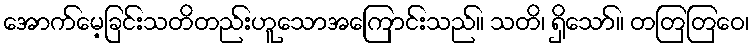
အောက်မေ့ခြင်းသတိတည်းဟူသောအကြောင်းသည်။ သတိ၊ ရှိသော်။ တတြတြေဝ၊